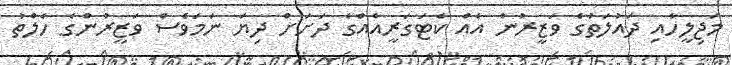
މަޖިލީހާއި ދައުލަތުގެ ވަޒީރުން އެއް ކެޓަގަރީއެއްގެ ދަށަށް ދިޔަ ނަމަވެސް ވަޒީރުންގެ ހެލްތު